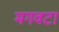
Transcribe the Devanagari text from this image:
मगवटा